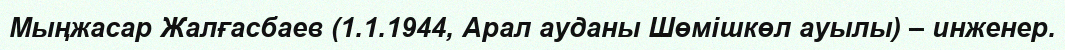
Мыңжасар Жалғасбаев (1.1.1944, Арал ауданы Шөмішкөл ауылы) – инженер.